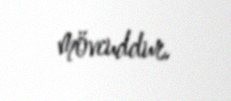
mövcuddur.